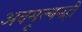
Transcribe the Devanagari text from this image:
अवमूल्यनही